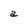
Character: a